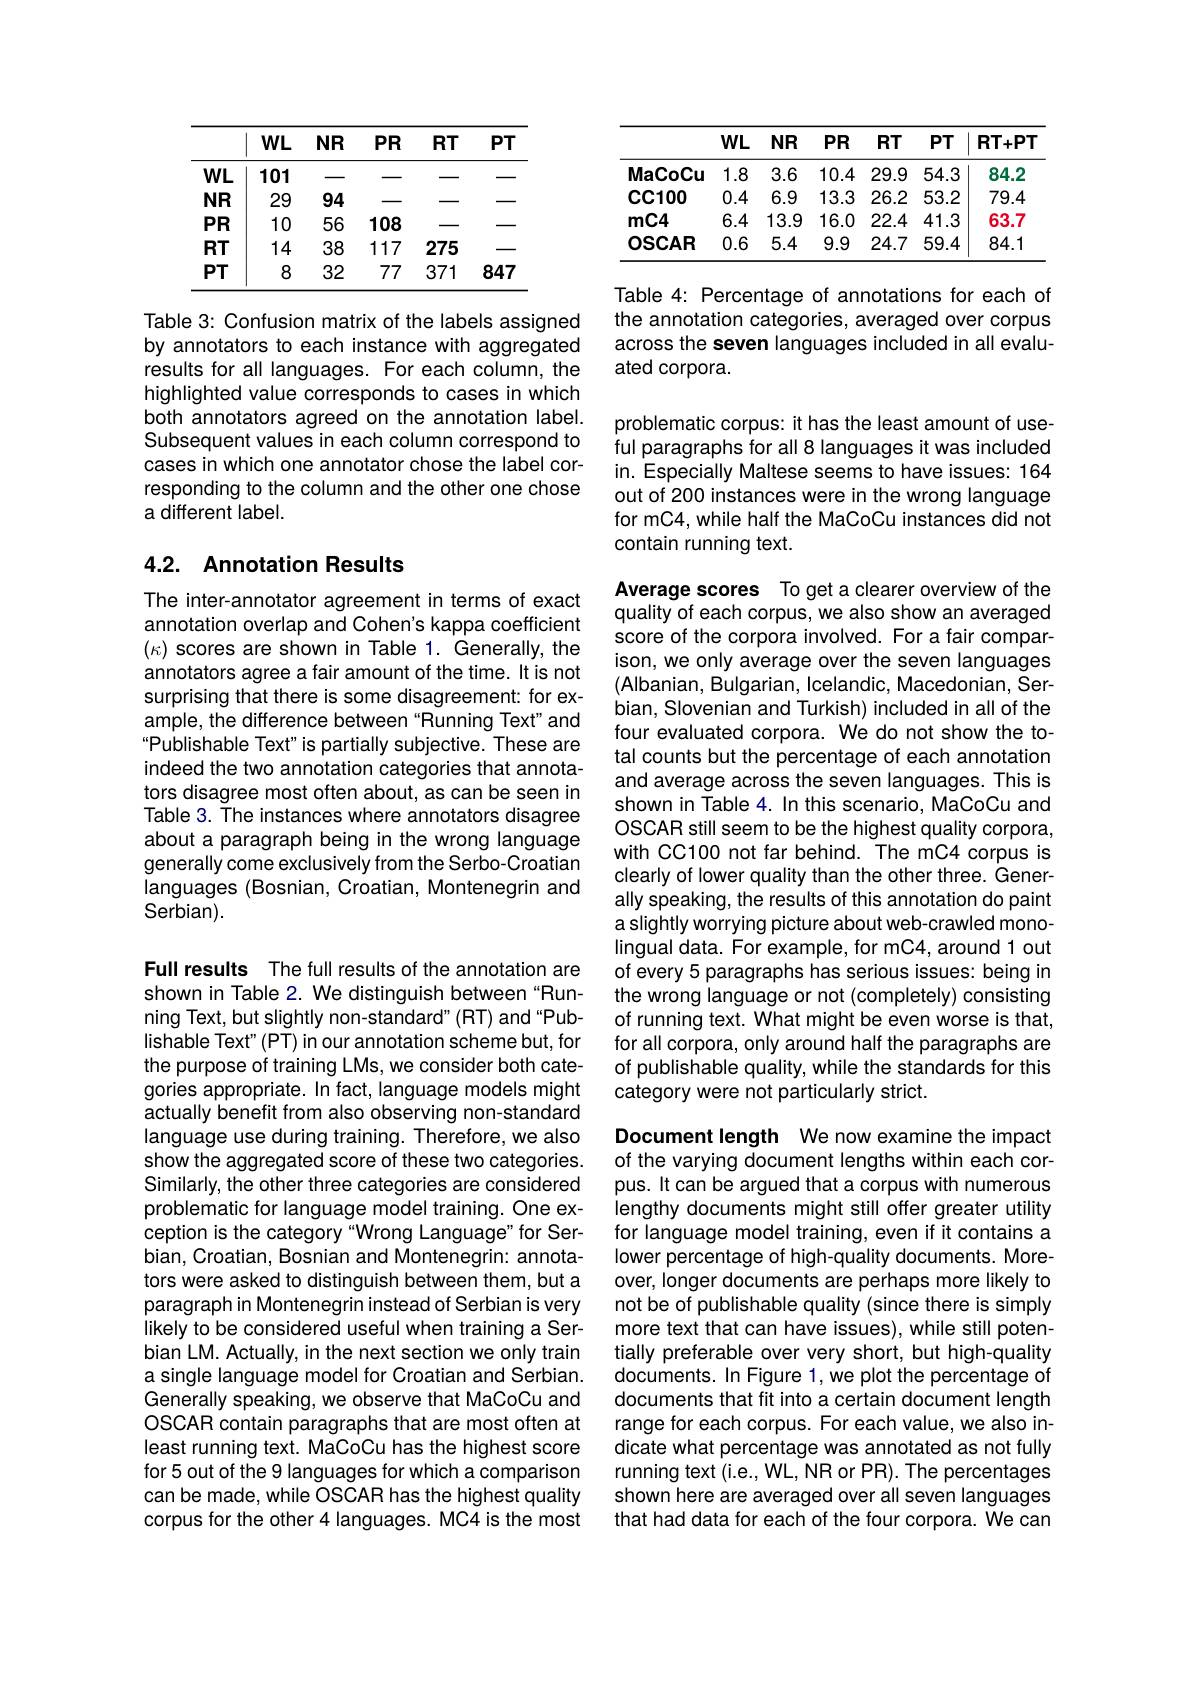
<table>
	<tbody>
		<tr>
			<th> </th>
			<th>$WL$</th>
			<th>NR</th>
			<th>$PR$</th>
			<th>$RT$</th>
			<th>$P7$</th>
		</tr>
		<tr>
			<td>$WL$ 1</td>
			<td>101</td>
			<td> </td>
			<td> </td>
			<td> </td>
			<td> </td>
		</tr>
		<tr>
			<td>NR</td>
			<td>29</td>
			<td>94</td>
			<td> </td>
			<td> </td>
			<td> </td>
		</tr>
		<tr>
			<td>$PR$</td>
			<td>10</td>
			<td>56</td>
			<td>108</td>
			<td> </td>
			<td> </td>
		</tr>
		<tr>
			<td>$RT$</td>
			<td>14</td>
			<td>38</td>
			<td>117</td>
			<td>275</td>
			<td> </td>
		</tr>
		<tr>
			<td>$PT$</td>
			<td>8</td>
			<td>32</td>
			<td>77</td>
			<td>371</td>
			<td>847</td>
		</tr>
	</tbody>
</table>

by annotators to each instance with aggregated results for all languages. For each column, the highlighted value corresponds to cases in which both annotators agreed on the annotation label. Subsequent values in each column correspond to cases in which one annotator chose the label corresponding to the column and the other one chose a different label.

## 4.2. Annotation Results

The inter-annotator agreement in terms of exact annotation overlap and Cohen's kappa coefficient $(\kappa)$ scores are shown in Table 1. Generally, the annotators agree a fair amount of the time. It is not surprising that there is some disagreement: for example, the difference between "Running Text" and Publishable Text" is partially subjective. These are indeed the two annotation categories that annotators disagree most often about, as can be seen in Table 3. The instances where annotators disagree about a paragraph being in the wrong language generally come exclusively from the Serbo-Croatian languages (Bosnian, Croatian, Montenegrin and Serbian).

Full results The full results of the annotation are shown in Table 2. We distinguish between“Running Text, but slightly non-standard" (RT) and "Publishable Text" (PT) in our annotation scheme but, for the purpose of training LMs, we consider both categories appropriate. In fact, language models might actually benefit from also observing non-standard language use during training. Therefore, we also show the aggregated score of these two categories. Similarly, the other three categories are considered problematic for language model training. One exception is the category "Wrong Language" for Serbian, Croatian, Bosnian and Montenegrin: annotators were asked to distinguish between them, but a paragraph in Montenegrin instead of Serbian is very likely to be considered useful when training a Serbian LM. Actually, in the next section we only train a single language model for Croatian and Serbian. Generally speaking, we observe that MaCoCu and OSCAR contain paragraphs that are most often at least running text. MaCoCu has the highest score for 5 out of the 9 languages for which a comparison can be made, while OSCAR has the highest quality corpus for the other 4 languages. MC4 is the most

<table>
	<tbody>
		<tr>
			<th> </th>
			<th>$WL$</th>
			<th>NR</th>
			<th>$PR$</th>
			<th>$RT$</th>
			<th>$PT$</th>
			<th>$RT+PT$</th>
		</tr>
		<tr>
			<td>MaCoCu</td>
			<td>1.8</td>
			<td>3.6</td>
			<td>10.4</td>
			<td>29.9</td>
			<td>54.3</td>
			<td>84.2</td>
		</tr>
		<tr>
			<td>$\mathbf{CC100}$</td>
			<td>0.4</td>
			<td>6.9</td>
			<td>13.3</td>
			<td>26.2</td>
			<td>53.2</td>
			<td>79.4</td>
		</tr>
		<tr>
			<td>$mC4$</td>
			<td>6.4</td>
			<td>13.9</td>
			<td>16.0</td>
			<td>22.4</td>
			<td>41.3</td>
			<td>63.7</td>
		</tr>
		<tr>
			<td>$\mathbf{OSCAR}$</td>
			<td>0.6</td>
			<td>5.4</td>
			<td>9.9</td>
			<td>24.7</td>
			<td>59.4</td>
			<td>84.1</td>
		</tr>
	</tbody>
</table>

Table 4: Percentage of annotations for each of
Table 3: Confusion matrix of the labels assigned the annotation categories, averaged over corpus
across the seven languages included in all evalu-
ated corpora.

problematic corpus: it has the least amount of useful paragraphs for all 8 languages it was included in. Especially Maltese seems to have issues: 164 out of 200 instances were in the wrong language for mC4, while half the MaCoCu instances did not contain running text.

Average scores To get a clearer overview of the quality of each corpus, we also show an averaged

score of the corpora involved. For a fair comparison, we only average over the seven languages (Albanian, Bulgarian, Icelandic, Macedonian, Serbian, Slovenian and Turkish) included in all of the four evaluated corpora. We do not show the total counts but the percentage of each annotation and average across the seven languages. This is shown in Table 4. In this scenario, MaCoCu and OSCAR still seem to be the highest quality corpora, with CC100 not far behind. The mC4 corpus is clearly of lower quality than the other three. Generally speaking, the results of this annotation do paint a slightly worrying picture about web-crawled monolingual data. For example, for mC4, around 1 out of every 5 paragraphs has serious issues: being in the wrong language or not (completely) consisting of running text. What might be even worse is that, for all corpora, only around half the paragraphs are of publishable quality, while the standards for this category were not particularly strict.

Document length We now examine the impact of the varying document lengths within each corpus. It can be argued that a corpus with numerous lengthy documents might still offer greater utility for language model training, even if it contains a lower percentage of high-quality documents. Moreover, longer documents are perhaps more likely to not be of publishable quality (since there is simply more text that can have issues), while still potentially preferable over very short, but high-quality documents. In Figure 1, we plot the percentage of documents that fit into a certain document length range for each corpus. For each value, we also indicate what percentage was annotated as not fully running text (i.e., WL, NR or PR). The percentages shown here are averaged over all seven languages that had data for each of the four corpora. We can